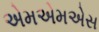
એમએમએસ